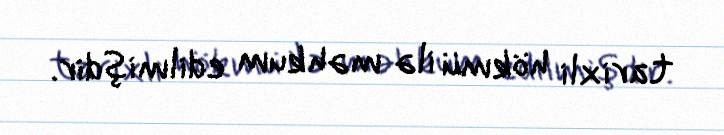
tarixli hökmü ilə məhkum edilmişdir.